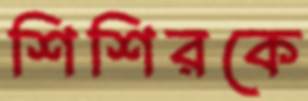
শিশিরকে